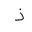
Letter: _thal